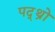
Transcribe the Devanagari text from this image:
पद्थ्रो